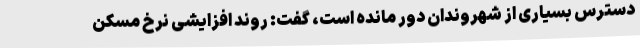
دسترس بسیاری از شهروندان دور مانده است، گفت: روند افزایشی نرخ مسکن